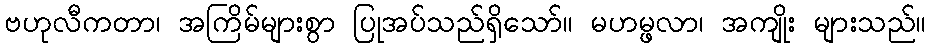
ဗဟုလီကတာ၊ အကြိမ်များစွာ ပြုအပ်သည်ရှိသော်။ မဟမ္ဖလာ၊ အကျိုး များသည်။